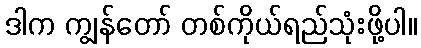
ဒါက ကျွန်တော် တစ်ကိုယ်ရည်သုံးဖို့ပါ။